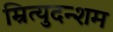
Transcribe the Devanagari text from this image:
म्रित्युदन्शम